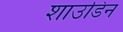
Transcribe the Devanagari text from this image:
शाउडिन